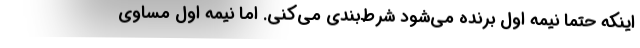
اینکه حتماً نیمه اول برنده می‌شود شرط‌بندی می‌کنی. اما نیمه اول مساوی